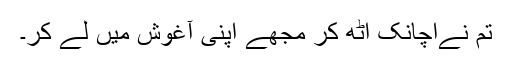
تم نےاچانک اٹھ کر مجھے اپنی آغوش میں لے کر۔